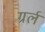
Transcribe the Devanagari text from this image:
ग्रर्ल